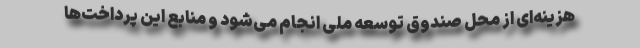
هزینه‌ای از محل صندوق توسعه ملی انجام می‌شود و منابع این پرداخت‌ها